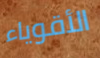
الأقوياء